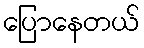
ပြောနေတယ်